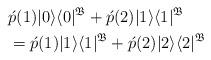
LaTeX: \begin{align*}&\acute{p}(1) |0\rangle\langle 0|^{\mathfrak{B}} + \acute{p}(2) |1\rangle\langle 1|^{\mathfrak{B}} \\&= \acute{p}(1) |1\rangle\langle 1|^{\mathfrak{B}} + \acute{p}(2) |2\rangle\langle 2|^{\mathfrak{B}} \end{align*}